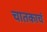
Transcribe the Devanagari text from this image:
चातकाचं